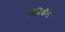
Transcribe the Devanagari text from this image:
निमिबीया